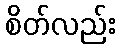
စိတ်လည်း